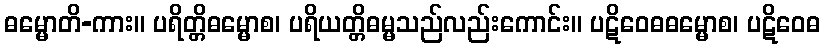
ဓမ္မောတိ-ကား။ ပရိတ္တိဓမ္မောစ၊ ပရိယတ္တိဓမ္မသည်လည်းကောင်း။ ပဋိဝေဓဓမ္မောစ၊ ပဋိဝေဓ